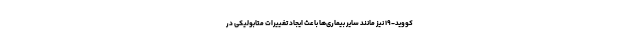
کووید-۱۹ نیز مانند سایر بیماری‌ها باعث ایجاد تغییرات متابولیکی در